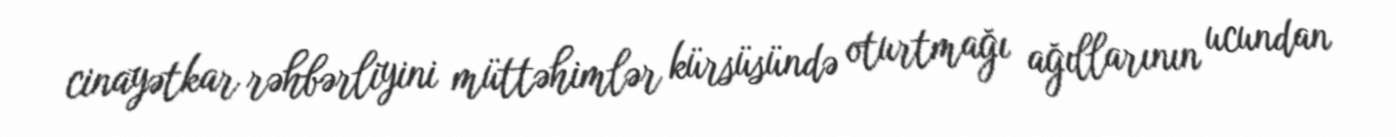
cinayətkar rəhbərliyini müttəhimlər kürsüsündə oturtmağı ağıllarının ucundan